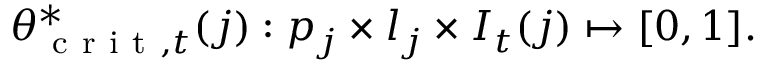
\theta _ { \mathrm { ~ c ~ r ~ i ~ t ~ } , t } ^ { * } ( j ) : p _ { j } \times l _ { j } \times I _ { t } ( j ) \mapsto [ 0 , 1 ] .